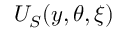
U _ { S } ( y , \theta , \xi )